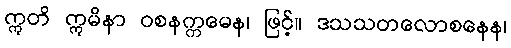
ဣတိ ဣမိနာ ဝစနက္ကမေန၊ ဖြင့်။ ဒသသတလောစနေန၊